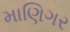
માણિગર